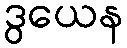
ဒွယေန